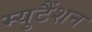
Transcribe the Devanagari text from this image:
म्युटैंशन